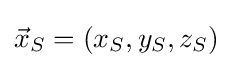
{\vec {x}}_{S}=(x_{S},y_{S},z_{S})